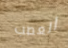
العصب